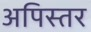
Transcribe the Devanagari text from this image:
अपिस्तर